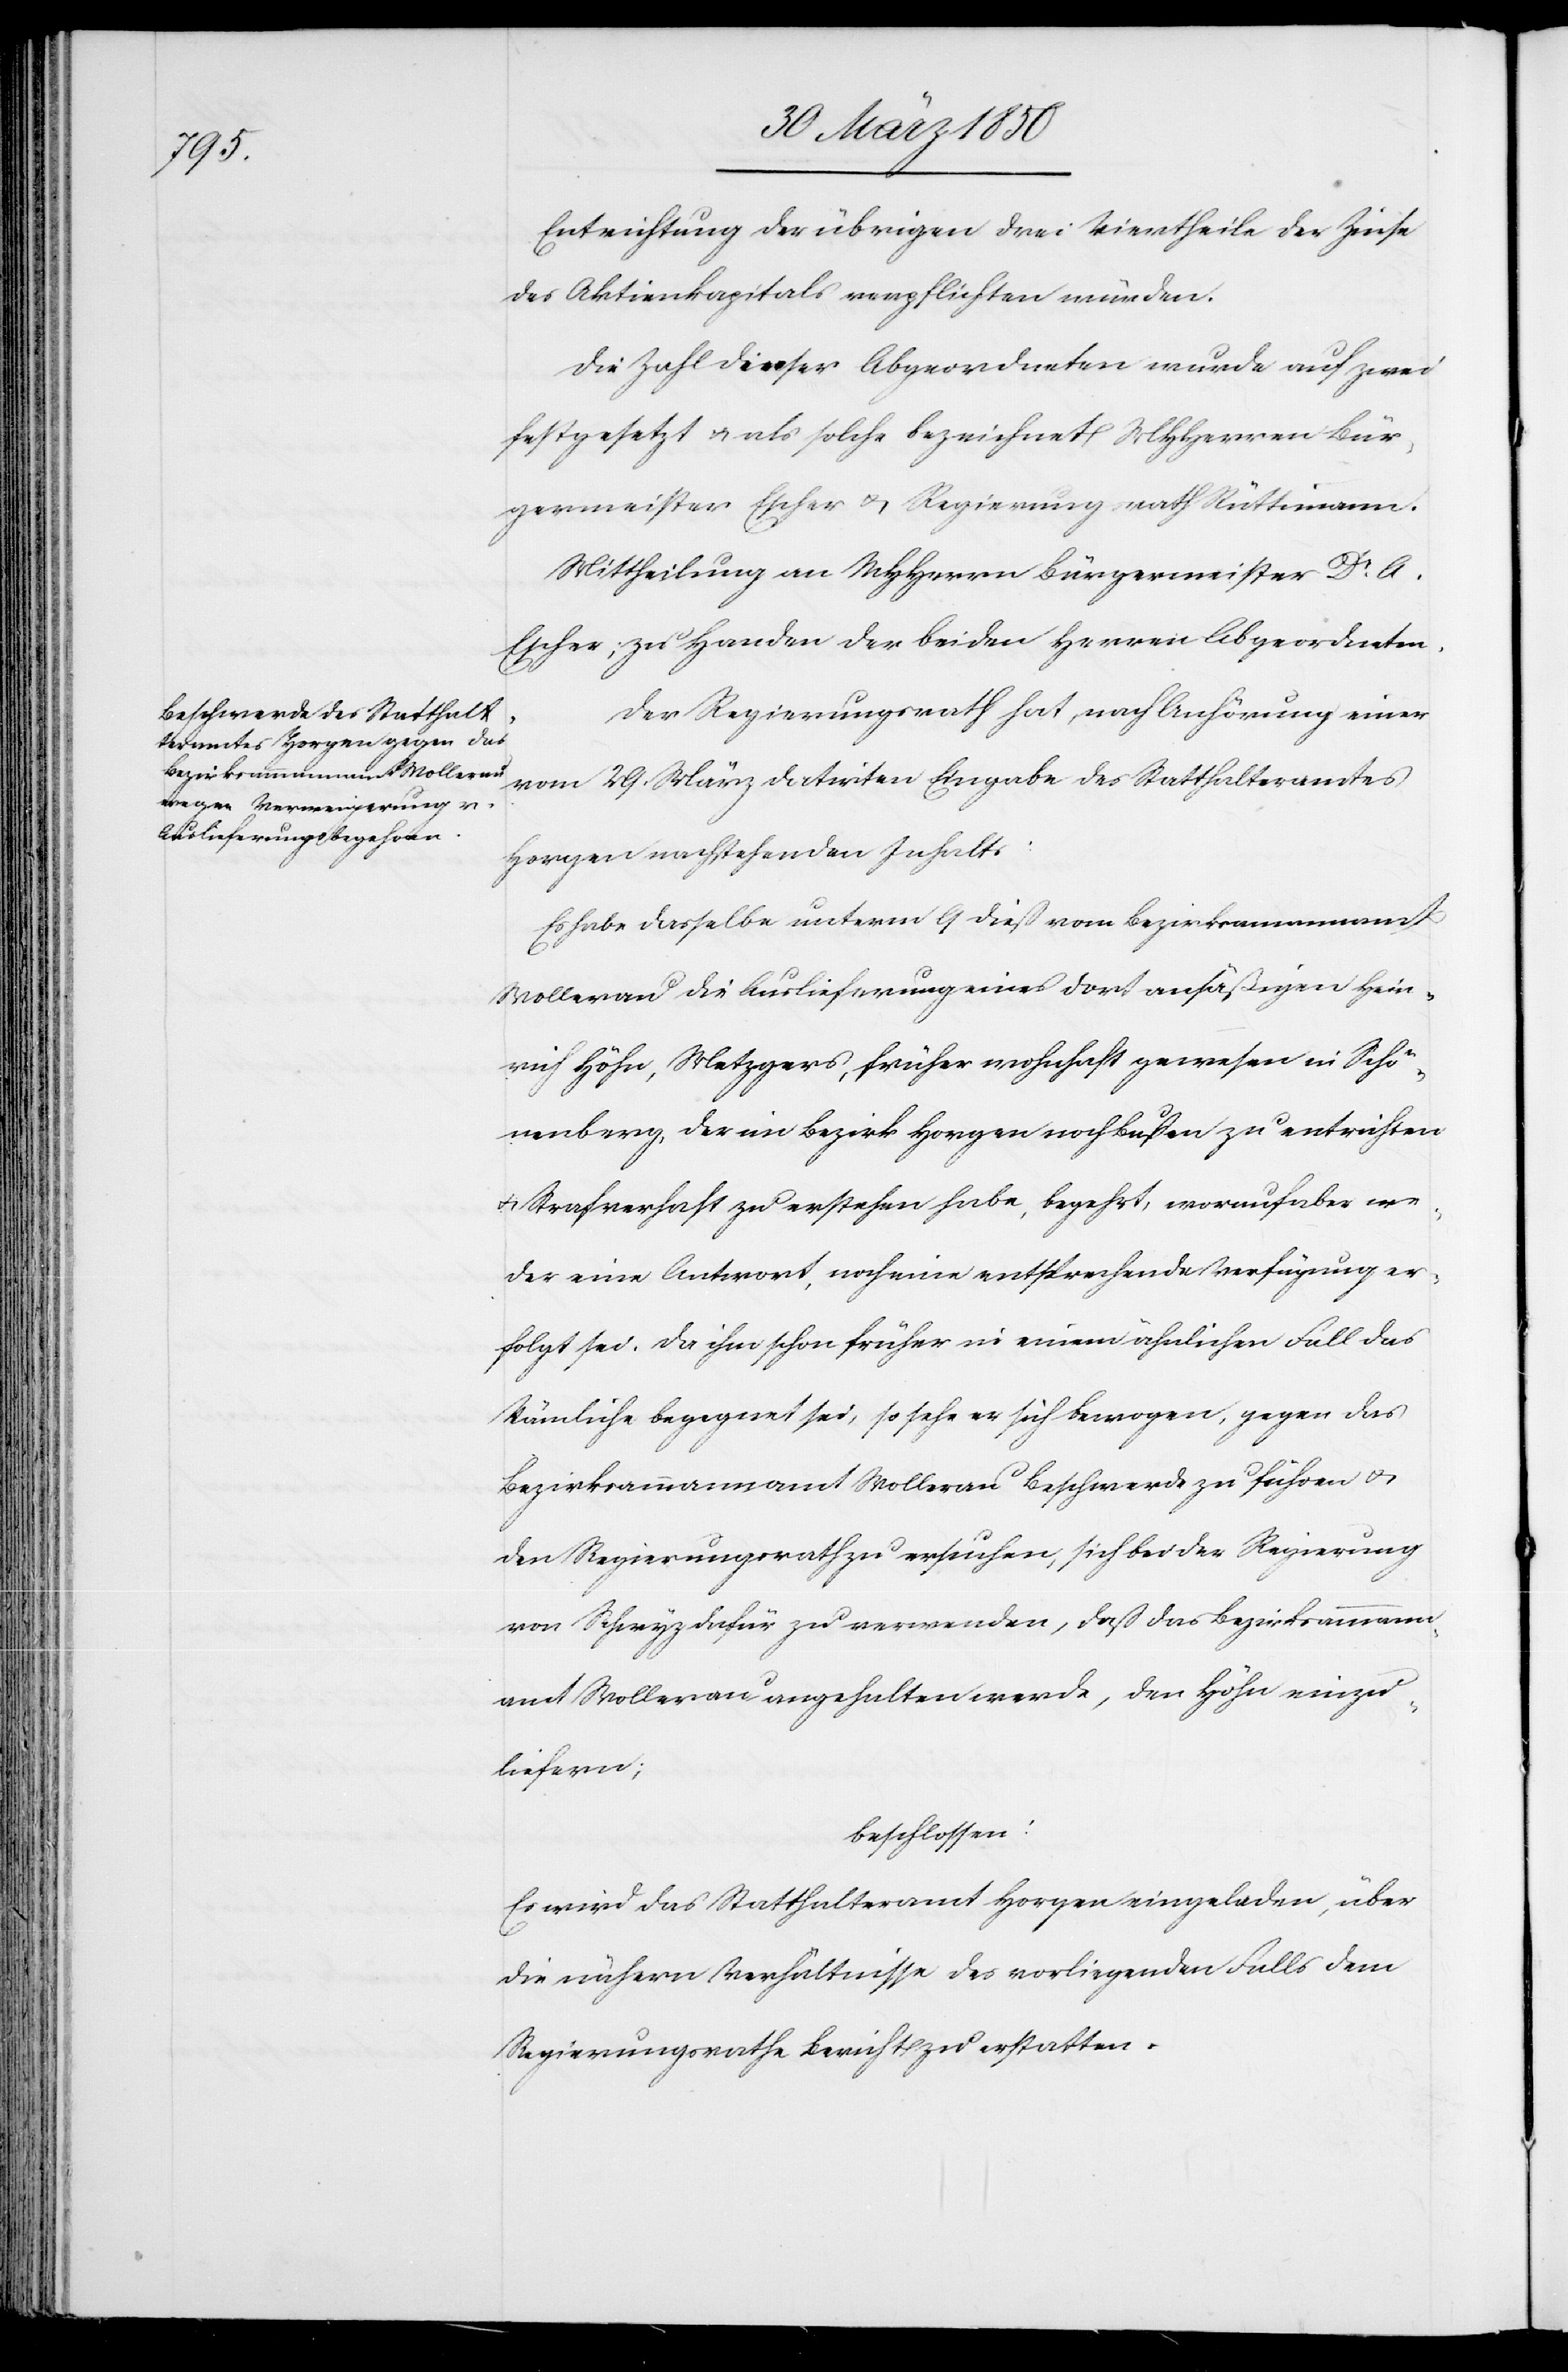
Entrichtung der übrigen drei Viertheile der Zinse
des Aktienkapitals verpflichten würden.
Die Zahl dieser Abgeordneten wurde auf zwei
festgesetzt u. als solche bezeichnet MHHerren Bür¬
germeister Escher u. Regierungsrath Rüttimann.
Mittheilung an MHHerrn Bürgermeister Dr A.
Escher, zu Handen der beiden Herren Abgeordneten.
Der Regierungsrath hat, nach Anhörung einer
vom 29. März datirten Eingabe des Statthalteramtes
Horgen nachstehenden Inhalts:
Es habe dasselbe unterm 9 dieß vom Bezirksammannamt
Wollerau die Auslieferung eines dort ansäßigen Hein¬
rich Höhn, Metzgers, früher wohnhaft gewesen in Schö¬
nenberg, der im Bezirk Horgen noch Bußen zu entrichten
u. Strafverhaft zu erstehen habe, begehrt, worauf aber we¬
der eine Antwort, noch eine entsprechende Verfügung er¬
folgt sei. Da ihm schon früher in einem ähnlichen Fall das
Nämliche begegnet sei, so sehe er sich bewogen, gegen das
Bezirksammannamt Wollerau Beschwerde zu führen u.
den Regierungsrath zu ersuchen, sich bei der Regierung
von Schwyz dafür zu verwenden, daß das Bezirksammann¬
amt Wollerau angehalten werde, den Höhn einzu¬
liefern;
beschlossen:
Es wird das Statthalteramt Horgen eingeladen, über
die nähern Verhältnisse des vorliegenden Falls dem
Regierungsrathe Bericht zu erstatten.